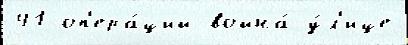
41 оп'ера́ций война́ у́л'ице